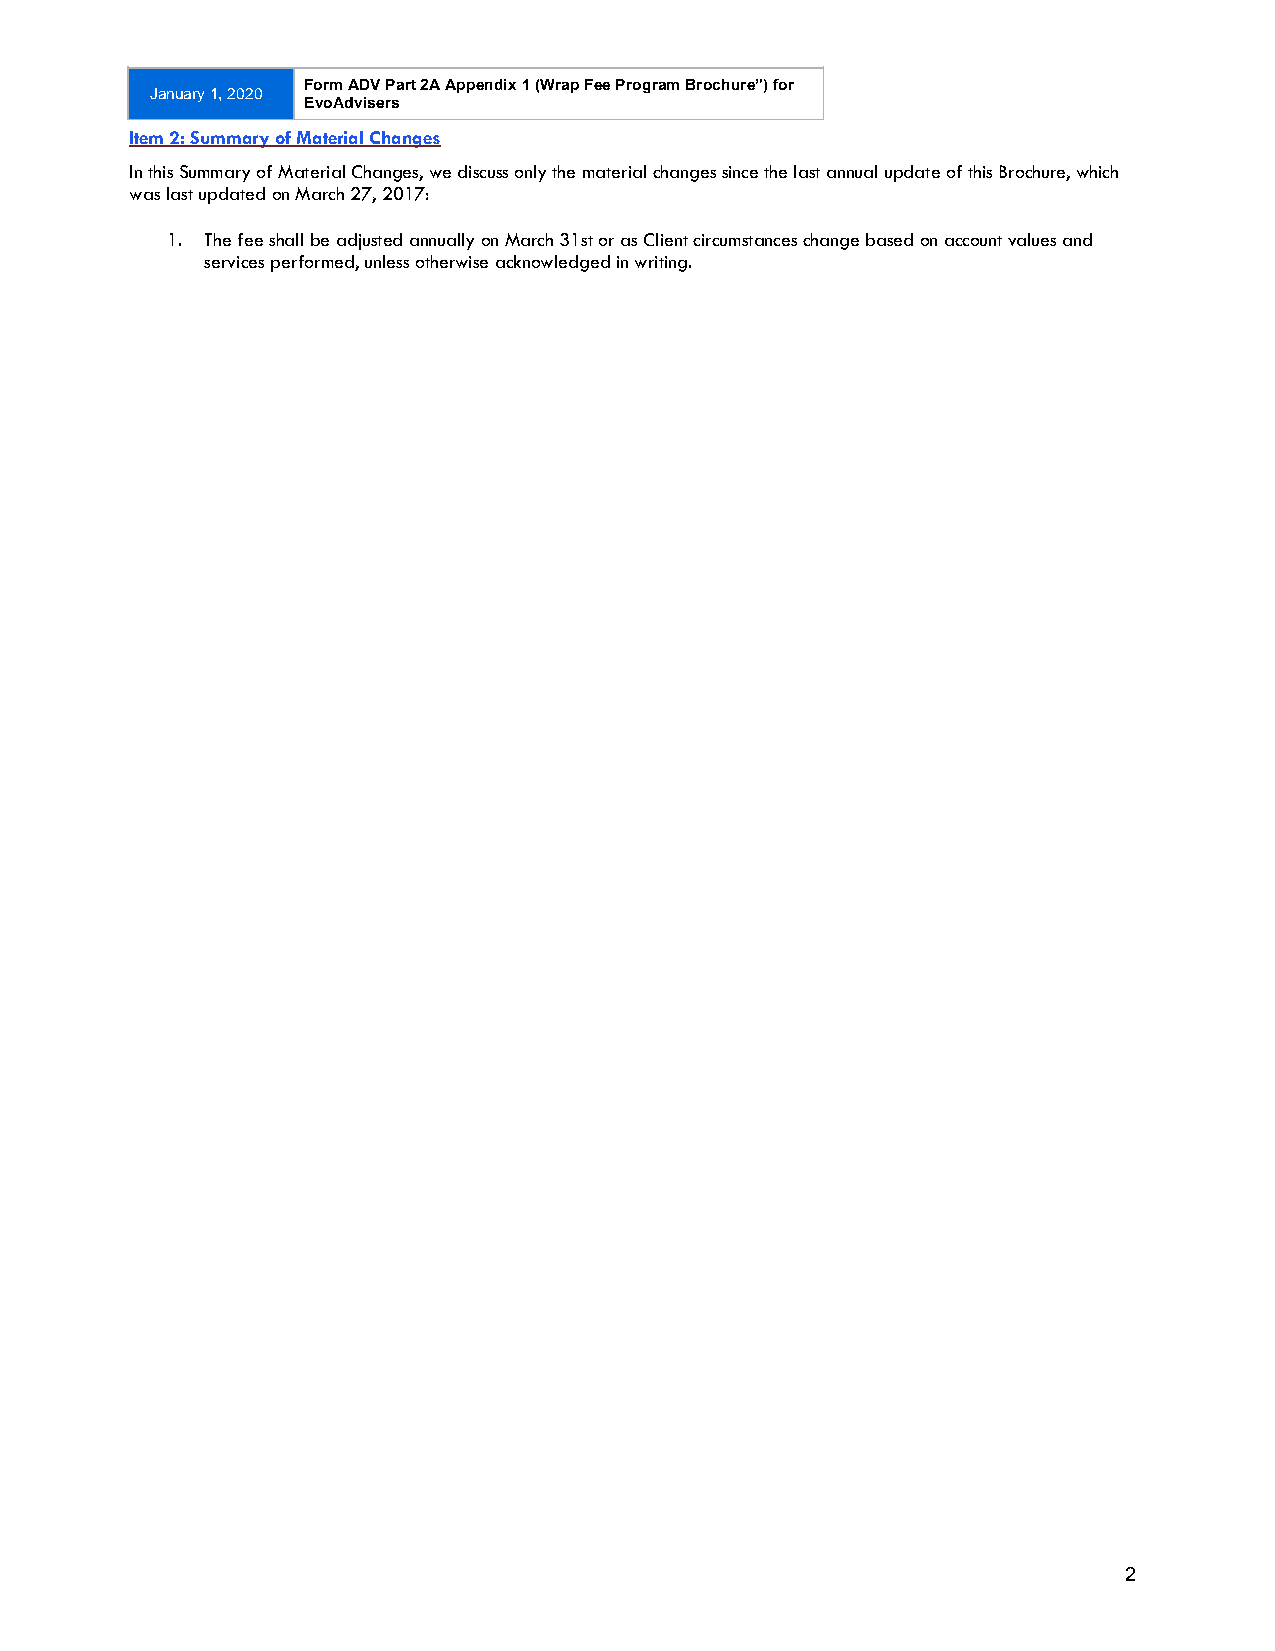
JanJuaanruya 1r,y 21 0,1 280 20
 Form ADV Part 2A Appendix 1 (Wrap Fee Program Brochure”) for
 EvoAdvisers
 201820187
 Item 2: Summary of Material Changes
 In this Summary of Material Changes, we discuss only the material changes since the last annual update of this Brochure, which
 was last updated on March 27, 2017:
 1. The fee shall be adjusted annually on March 31st or as Client circumstances change based on account values and
 services performed, unless otherwise acknowledged in writing.
 2